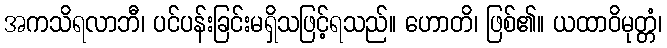
အကသိရလာဘီ၊ ပင်ပန်းခြင်းမရှိသဖြင့်ရသည်။ ဟောတိ၊ ဖြစ်၏။ ယထာဝိမုတ္တံ၊